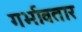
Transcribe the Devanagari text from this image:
गर्भावतार